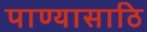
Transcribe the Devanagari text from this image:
पाण्यासाठि